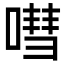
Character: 嘒